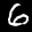
Label: 6